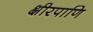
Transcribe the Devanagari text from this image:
क्षीरपाणि